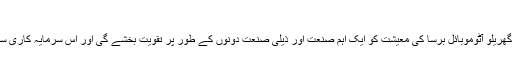
برسا کو اقتدار دیں گے
برسا میٹروپولیٹن بلدیہ کے میئر الینور اکیٹا نے کہا کہ گھریلو آٹوموبائل برسا کی معیشت کو ایک اہم صنعت اور ذیلی صنعت دونوں کے طور پر تقویت بخشے گی اور اس سرمایہ کاری سے برسا کے تمام اضلاع کو شدید فوائد حاصل ہوں گے۔